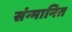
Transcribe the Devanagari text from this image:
संन्मानित